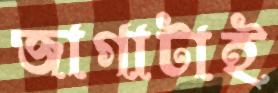
জাগাটাই